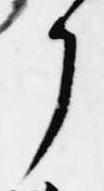
了